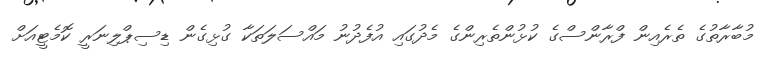
މުބާރާތުގެ ތެރެއިން ފްރާންސްގެ ކުޅުންތެރިންގެ މެދުގައި އުފެދުނު މައްސަލަތަކާ ގުޅިގެން ޑިސިޕްލިނަރީ ކޮމެޓީއަށް